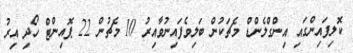
ކޮލިފައިންގައި އިންގްލެންޑް މެޗަކުން ބަލިވެފައިނުވާއިރު 10 މެޗުން 22 ޕޮއިންޓް ހޯދި އިރު